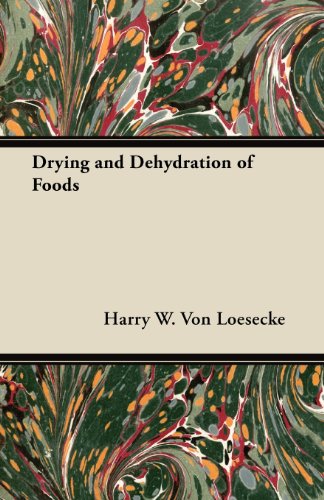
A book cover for Drying and Dehydration of Foods; Harry W. Von Loesecke; Cookbooks, Food & Wine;